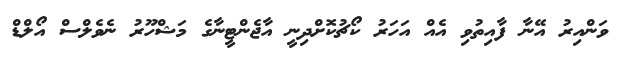
ވަންއިރު އޭނާ ފާއިތުވި އެއް އަހަރު ކޯޗުކޮށްދިނީ އާޖެންޓީނާގެ މަޝްހޫރު ނެވެލްސް އޯލްޑް